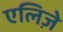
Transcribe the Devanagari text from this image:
एलिज़े